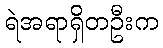
ရဲအရာရှိတဦးက